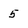
Character: 5